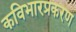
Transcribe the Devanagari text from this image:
कविभारप्रकरण